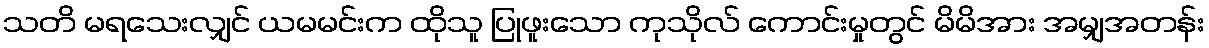
သတိ မရသေးလျှင် ယမမင်းက ထိုသူ ပြုဖူးသော ကုသိုလ် ကောင်းမှုတွင် မိမိအား အမျှအတန်း